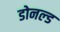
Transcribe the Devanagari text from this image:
डोनल्‍ड